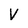
Character: V